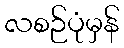
လစဉ်ပုံမှန်